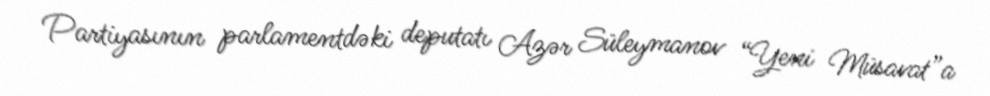
Partiyasının parlamentdəki deputatı Azər Süleymanov “Yeni Müsavat”a